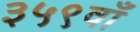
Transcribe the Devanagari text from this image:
३५९वाँ